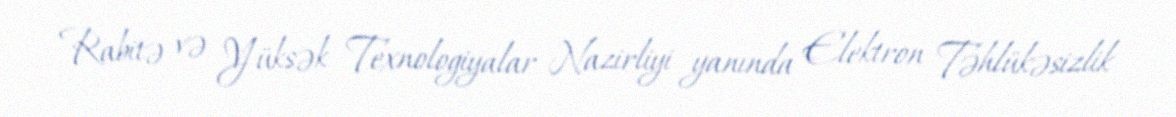
Rabitə və Yüksək Texnologiyalar Nazirliyi yanında Elektron Təhlükəsizlik